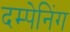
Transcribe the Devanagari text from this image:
दम्पेनिंग